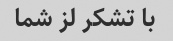
با تشکر لز شما